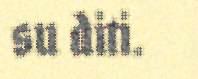
su diti.